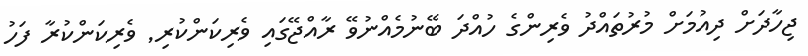
ޖިހާދަށް ދިއުމަށް މުރުތައްދު ވެރިންގެ ހުއްދަ ބޭނުމެއްނުވޭ ރާއްޖޭގައި ވެރިކަންކުރި